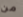
من